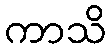
ကာသိ